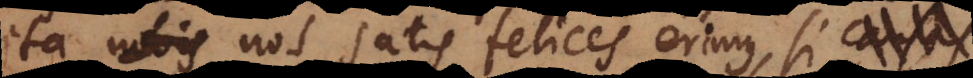
ita nos satis felices erimus, si causas